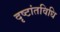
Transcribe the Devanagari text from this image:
दृष्टांतविधि